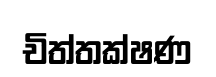
චිත්තක්ෂණ